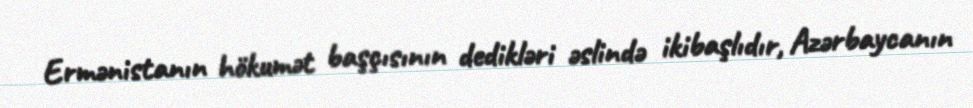
Ermənistanın hökumət başçısının dedikləri əslində ikibaşlıdır, Azərbaycanın